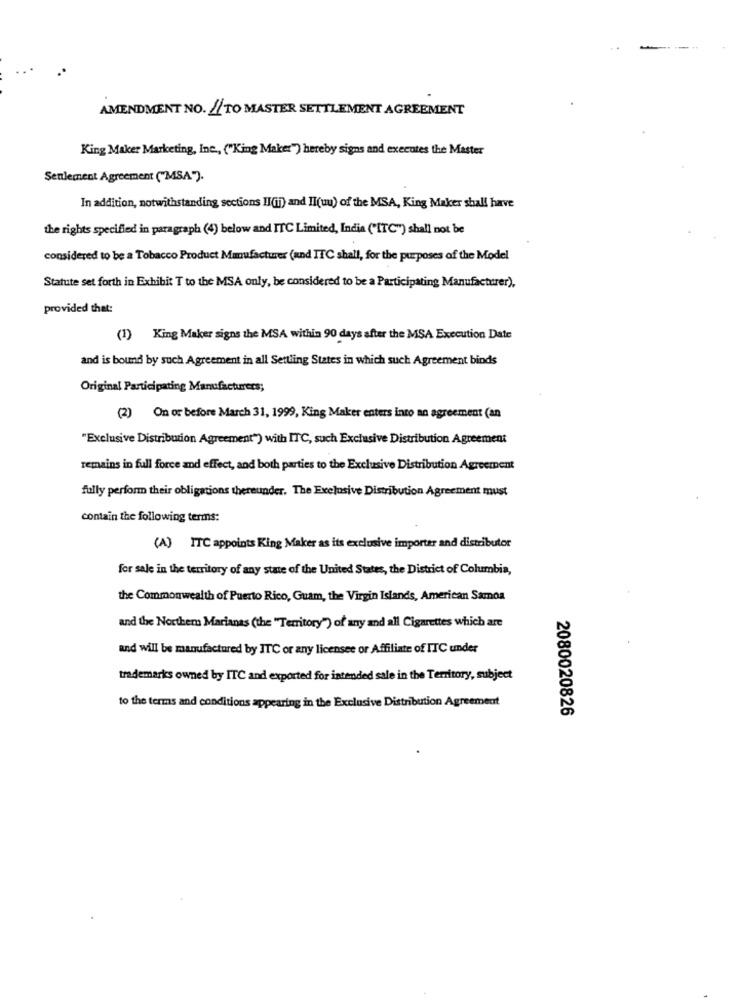
-
AMENDMENT NO. 4 TO MASTER SETTLEMENT AGREEMENT
King Maker Marketing, Inc ., ("King Maker") hereby signs and executes the Master
Seulement Agreement ("MSA").
In addition, notwithstanding sections II(ii) and II(uu) of the MSA, King Maker shall have
the rights specified in paragraph (4) below and ITC Limited, India ("ITC") shall not be
considered to be a Tobacco Product Manufacturer (and ITC shall, for the purposes of the Model
Statute set forth in Exhibit T to the MSA only, be considered to be a Participating Manufacturer),
provided that:
(1) King Maker signs the MSA within 90 days after the MSA Execution Date
and is bound by such Agreement in all Settling States in which such Agreement binds
Original Participating Manufacturers;
(2) On or before March 31, 1999, King Maker enters into an agreement (an
"Exclusive Distribution Agreement") with ITC, such Exclusive Distribution Agreement
remains in full force and effect, and both parties to the Exclusive Distribution Agreement
fully perform their obligations thereunder. The Exclusive Distribution Agreement must
contain the following terms:
(A) ITC appoints King Maker as its exclusive importer and distributor
for sale in the territory of any state of the United States, the District of Columbia,
the Commonwealth of Puerto Rico, Guam, the Virgin Islands, American Samoa
and the Northern Marianas (the "Territory") of any and all Cigarettes which are
and will be manufactured by ITC or any licensee or Affiliate of ITC under
trademarks owned by ITC and exported for intended sale in the Territory, subject
to the terms and conditions appearing in the Exclusive Distribution Agreement
2080020826